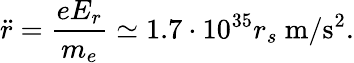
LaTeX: \ddot{r}=\frac{eE_{r}}{m_{e}}\simeq 1.7\cdot 10^{35}r_{s}~\mathrm{m/s^{2}}.